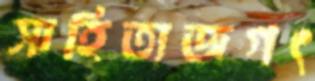
সাহিত্যজগৎ